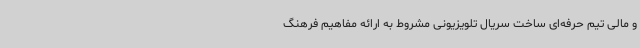
و مالی تیم حرفه‌ای ساخت سریال تلویزیونی مشروط به ارائه مفاهیم فرهنگ